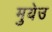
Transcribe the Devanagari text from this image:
मुयेउ